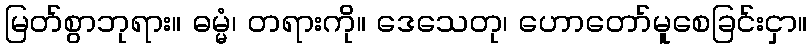
မြတ်စွာဘုရား။ ဓမ္မံ၊ တရားကို။ ဒေသေတု၊ ဟောတော်မူစေခြင်းငှာ။